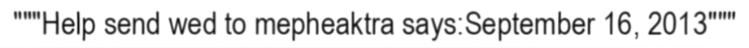
"""Help send wed to mepheaktra says:September 16, 2013"""